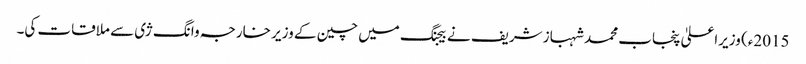
2015ء) وزیراعلیٰ پنجاب محمد شہباز شریف نے بیجنگ میں چین کے وزیر خارجہ وانگ ژی سے ملاقات کی۔